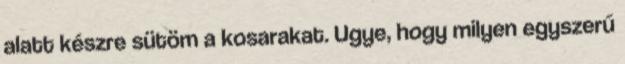
alatt készre sütöm a kosarakat. Ugye, hogy milyen egyszerű